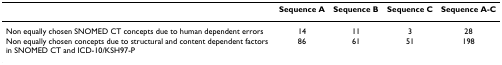
<table><thead><tr><td></td><td><b>Sequence A</b></td><td><b>Sequence B</b></td><td><b>Sequence C</b></td><td><b>Sequence A-C</b></td></tr></thead><tbody><tr><td>Non equally chosen SNOMED CT concepts due to human dependent errors</td><td>14</td><td>11</td><td>3</td><td>28</td></tr><tr><td>Non equally chosen concepts due to structural and content dependent factors in SNOMED CT and ICD-10/KSH97-P</td><td>86</td><td>61</td><td>51</td><td>198</td></tr></tbody></table>